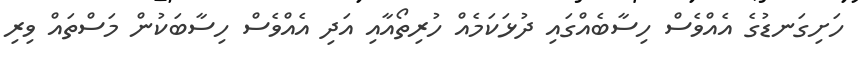
ހަށިގަނޑުގެ އެއްވެސް ހިސާބެއްގައި ދުޅަކަމެއް ހުރިތޯއާއި އަދި އެއްވެސް ހިސާބަކުން މަސްތައް ވިރި